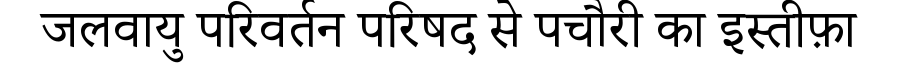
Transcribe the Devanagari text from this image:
जलवायु परिवर्तन परिषद से पचौरी का इस्तीफ़ा